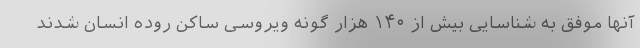
آنها موفق به شناسایی بیش از ۱۴۰ هزار گونه ویروسی ساکن روده انسان شدند